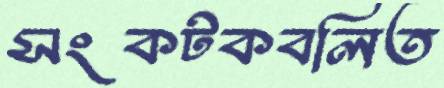
সংকটকবলিত